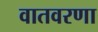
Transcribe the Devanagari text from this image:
वातवरणा